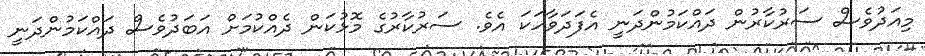
މިއަދުވެސް ސަރުކާރުން ދައްކަމުންދަނީ އެފަދަވާހަކަ އެވެ. ސަރުކާރުގެ މޮޅުކަން ދެއްކުމަށް އަބަދުވެސް ދައްކަމުންދަނީ